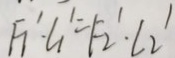
F _ { 1 } ^ { \prime } \cdot L _ { 1 } ^ { \prime } = F _ { 2 } ^ { \prime } \cdot L _ { 2 } ^ { \prime }